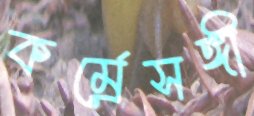
কর্ম্রেসঙ্গী